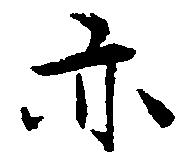
亦